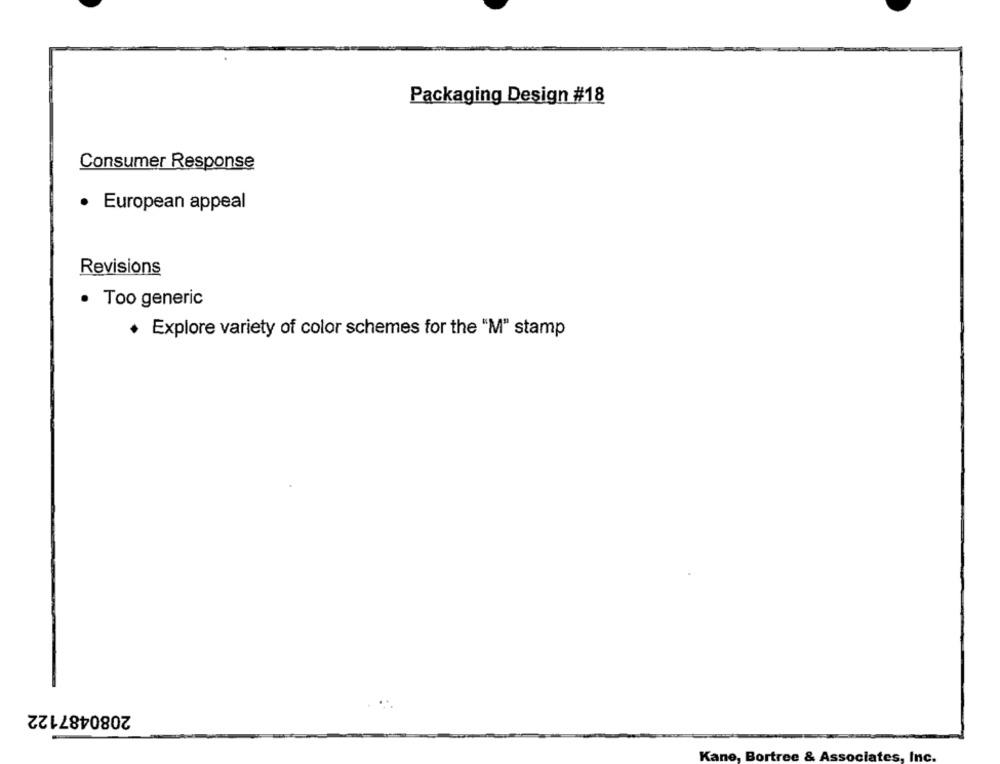
Packaging Design #18
Consumer Response
· European appeal
Revisions
· Too generic
. Explore variety of color schemes for the "M" stamp
2080487122
Kane, Bortree & Associates, Inc.